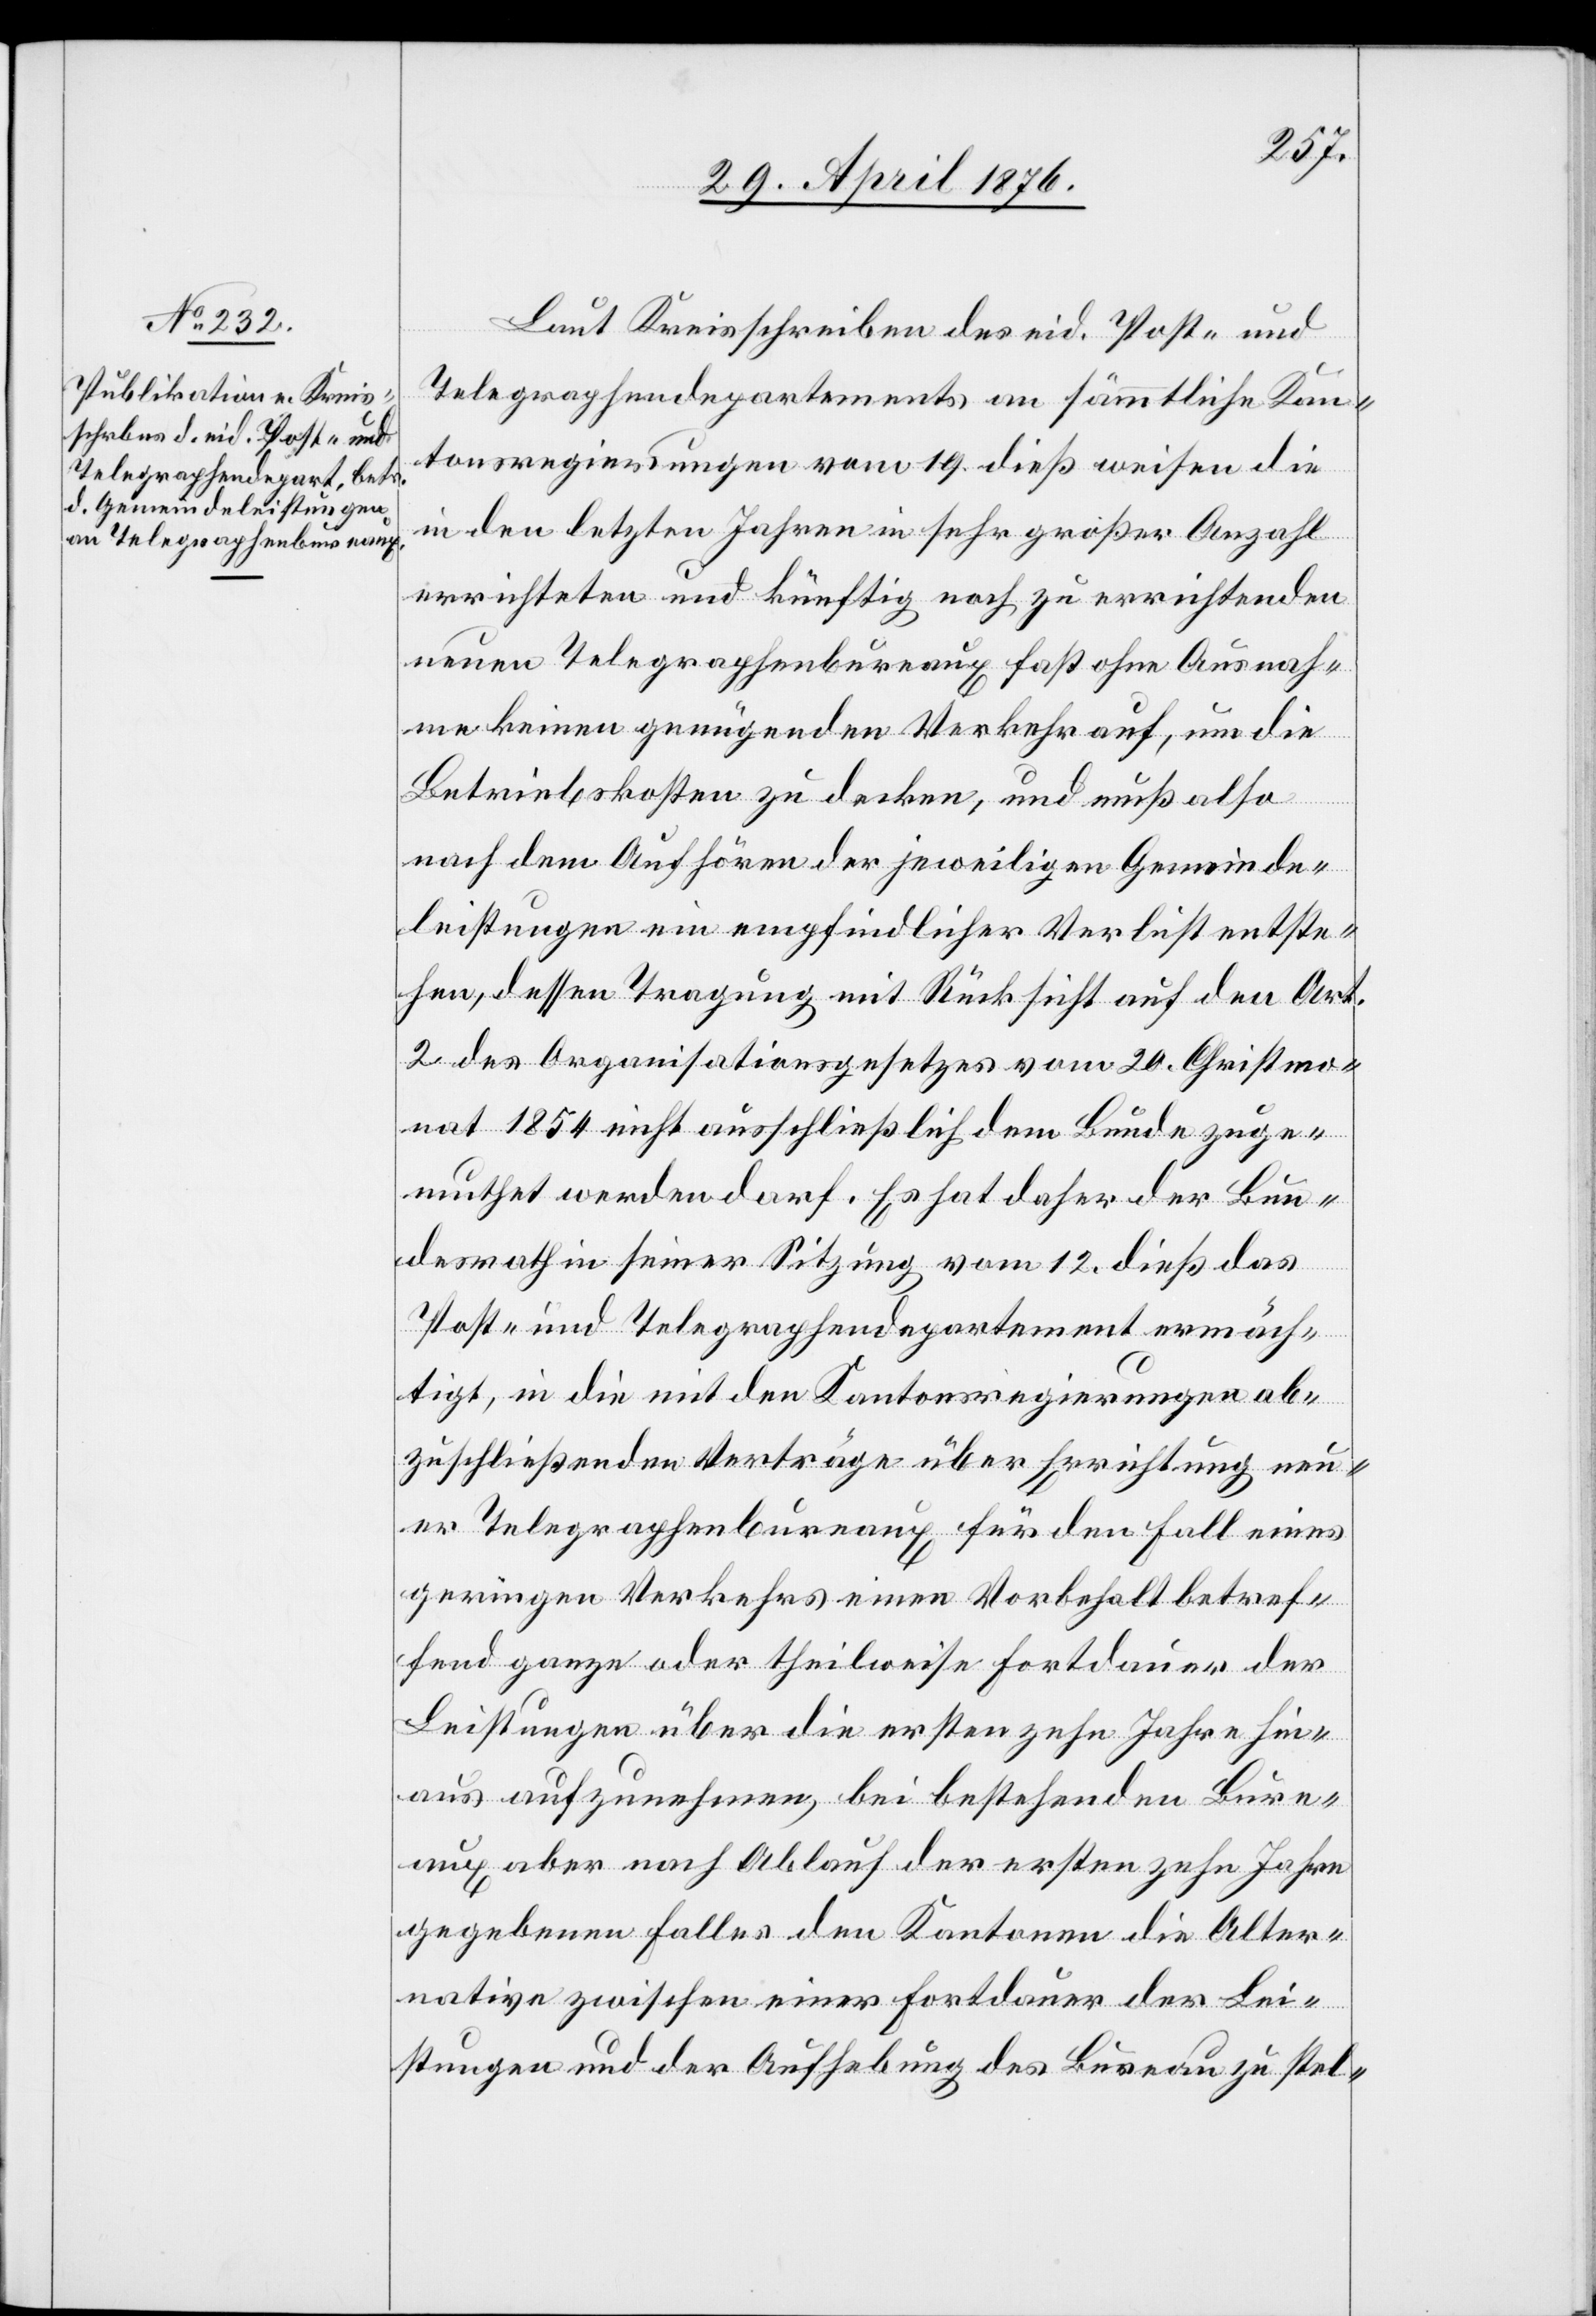
Laut Kreisschreiben des eid. Post- und
Telegraphendepartements an sämmtliche Kan¬
tonsregierungen vor. Mts. vom 19. dieß weisen die
in den letzten Jahren in sehr großer Anzahl
errichteten und künftig noch zu errichtenden
neuen Telegraphenbureaux fast ohne Ausnah¬
me keinen genügenden Verkehr auf, um die
Betriebskosten zu decken, und muß also
nach dem Aufhören der jeweiligen Gemeinde¬
leistungen ein empfindlicher Verlust entste¬
hen, dessen Tragung mit Rücksicht auf den Art.
2 des Organisationsgesetzes vom 20. Christmo¬
nat 1854 nicht ausschließlich dem Bunde zuge¬
muthet werden darf. Es hat daher der Bun¬
desrath in seiner Sitzung vom 12. dieß das
Post- und Telegraphendepartement ermäch¬
tigt, in die mit den Kantonsregierungen ab¬
zuschließenden Verträge über Errichtung neu¬
er Telegraphenbureaux für den Fall eines
geringen Verkehrs einen Vorbehalt betref¬
fend ganze oder theilweise Fortdauer der
Leistungen über die ersten zehn Jahre hin¬
aus aufzunehmen, bei bestehenden Bure¬
aux aber nach Ablauf der ersten zehn Jahre
gegeben Falles den Kantonen die Alter¬
native zwischen einer Fortdauer der Lei¬
stungen und der Aufhebung des Bureau zu stel-